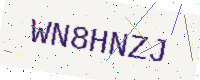
Text: WN8HNZJ